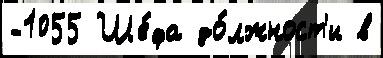
-1055 Ше́фа до́лжност'и в